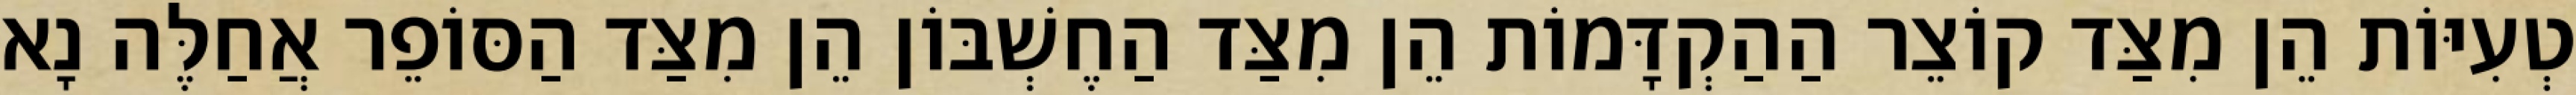
טְעִיּוֹת הֵן מִצַּד קוֹצֵר הַהַקְדָּמוֹת הֵן מִצַּד הַחֶשְׁבּוֹן הֵן מִצַּד הַסּוֹפֵר אֲחַלֶּה נָא